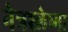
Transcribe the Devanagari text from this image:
नेत्रश्लेष्मा